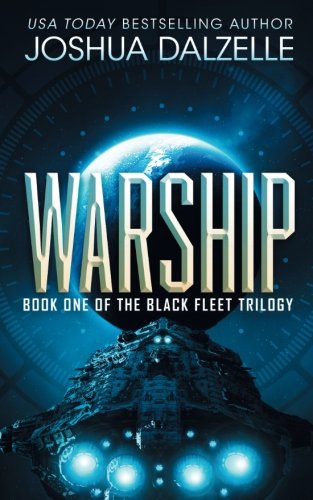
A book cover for Warship: Black Fleet Trilogy 1 (Volume 1); Joshua Dalzelle; Science Fiction & Fantasy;